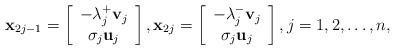
LaTeX: \begin{align*} {\bf x}_{2j-1} = \left[ \begin{array}{c} -\lambda_j^+ {\bf v}_j \\ \sigma_j {\bf u}_j \end{array} \right], {\bf x}_{2j} = \left[ \begin{array}{c} -\lambda_j^- {\bf v}_j \\ \sigma_j {\bf u}_j \end{array} \right], j = 1, 2,\ldots, n,\end{align*}